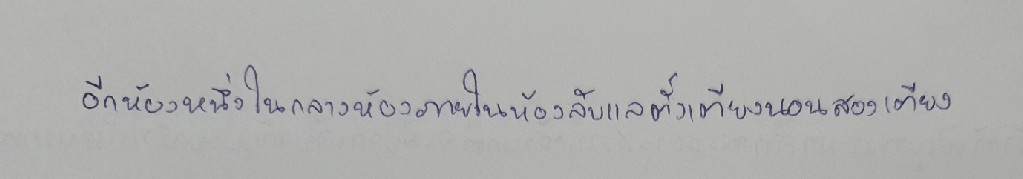
อีกห้องหนึ่งในกลางห้องภายในห้องลับแลตั้งเตียงนอนสองเตียง